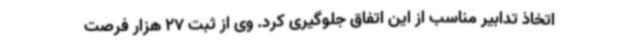
اتخاذ تدابیر مناسب از این اتفاق جلوگیری کرد. وی از ثبت 27 هزار فرصت